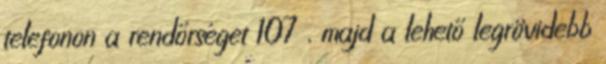
telefonon a rendőrséget 107 , majd a lehető legrövidebb